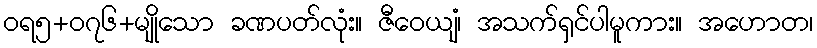
ဝရ၅+၀၇၆+မျိုသော ခဏပတ်လုံး။ ဇီဝေယျံ၊ အသက်ရှင်ပါမူကား။ အဟောတ၊